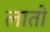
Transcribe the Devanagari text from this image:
लातो